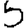
Digit: 5